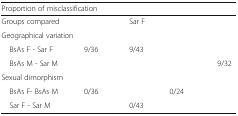
<table><thead><tr><td colspan="5"><b>Proportion of misclassification</b></td></tr></thead><tbody><tr><td>Groups compared</td><td>[EMPTY_CELL]</td><td>Sar F</td><td>[EMPTY_CELL]</td><td>[EMPTY_CELL]</td></tr><tr><td colspan="5">Geographical variation</td></tr><tr><td> BsAs F - Sar F</td><td>9/36</td><td>9/43</td><td>[EMPTY_CELL]</td><td>[EMPTY_CELL]</td></tr><tr><td> BsAs M - Sar M</td><td>[EMPTY_CELL]</td><td>[EMPTY_CELL]</td><td>[EMPTY_CELL]</td><td>9/32</td></tr><tr><td colspan="5">Sexual dimorphism</td></tr><tr><td> BsAs F- BsAs M</td><td>0/36</td><td>[EMPTY_CELL]</td><td>0/24</td><td>[EMPTY_CELL]</td></tr><tr><td> Sar F - Sar M</td><td>[EMPTY_CELL]</td><td>0/43</td><td>[EMPTY_CELL]</td><td>[EMPTY_CELL]</td></tr></tbody></table>